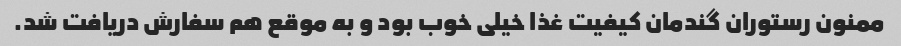
ممنون رستوران گندمان کیفیت غذا خیلی خوب بود و به موقع هم سفارش دریافت شد.